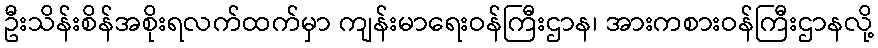
ဦးသိန်းစိန်အစိုးရလက်ထက်မှာ ကျန်းမာရေးဝန်ကြီးဌာန၊ အားကစားဝန်ကြီးဌာနလို့